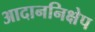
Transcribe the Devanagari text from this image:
आदाननिक्षेप